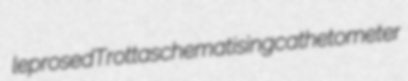
leprosed Trotta schematising cathetometer